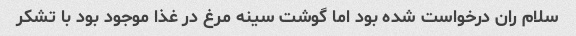
سلام ران درخواست شده بود اما گوشت سینه مرغ در غذا موجود بود با تشکر